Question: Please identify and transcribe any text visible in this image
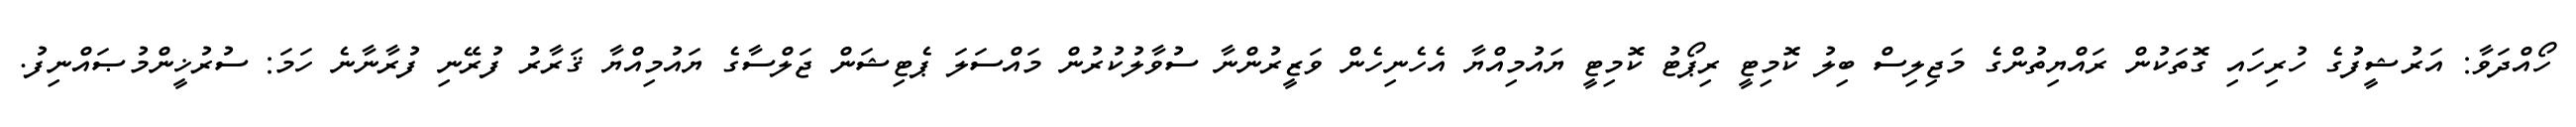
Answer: ހޯއްދަވާ: އަރުޝީފުގެ ހުރިހައި ގޮތަކުން ރައްޔިތުންގެ މަޖިލިސް ބިލު ކޮމިޓީ ރިޕޯޓު ކޮމިޓީ ޔައުމިއްޔާ އެހެނިހެން ވަޒީރުންނާ ސުވާލުކުރުން މައްސަލަ ޕެޓިޝަން ޖަލްސާގެ ޔައުމިއްޔާ ޤަރާރު ފުރޭނި ފުރާނާނެ ހަމަ: ސުރުޚީންމުޞައްނިފު.